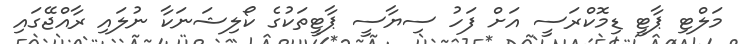
މަލްޓި ޕާޓީ ޑިމޮކްރަސީ އަށް ފަހު ސިޔާސީ ޕާޓީތަކުގެ ކޯލިޝަނަކާ ނުލައި ރާއްޖޭގައި